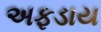
અફડાય